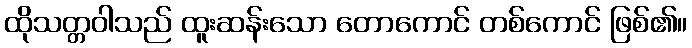
ထိုသတ္တဝါသည် ထူးဆန်းသော တောကောင် တစ်ကောင် ဖြစ်၏။